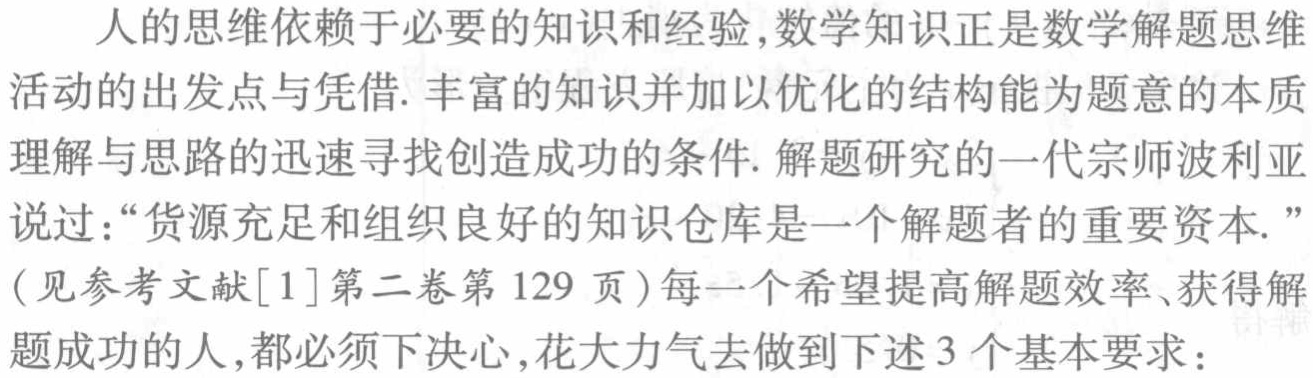
人的思维依赖于必要的知识和经验,数学知识正是数学解题思维活动的出发点与凭借. 丰富的知识并加以优化的结构能为题意的本质理解与思路的迅速寻找创造成功的条件. 解题研究的一代宗师波利亚说过：“货源充足和组织良好的知识仓库是一个解题者的重要资本.”(见参考文献[1]第二卷第129页)每一个希望提高解题效率、获得解题成功的人,都必须下决心,花大力气去做到下述3个基本要求：